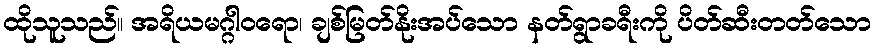
ထိုသူသည်။ အရိယမဂ္ဂါဝရော၊ ချစ်မြတ်နိုးအပ်သော နတ်ရွာခရီးကို ပိတ်ဆီးတတ်သော